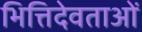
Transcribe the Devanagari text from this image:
भित्तिदेवताओं